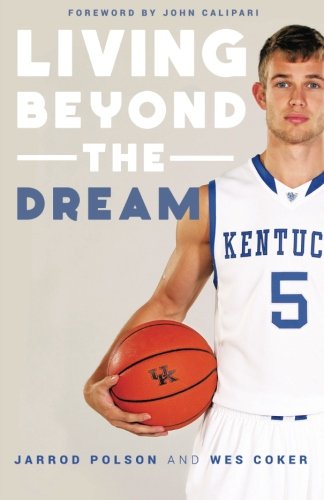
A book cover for Living beyond the Dream: A Journey of Faith into the Talented World of Kentucky Basketball; Jarrod Polson; Biographies & Memoirs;